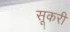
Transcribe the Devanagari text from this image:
सूकरी